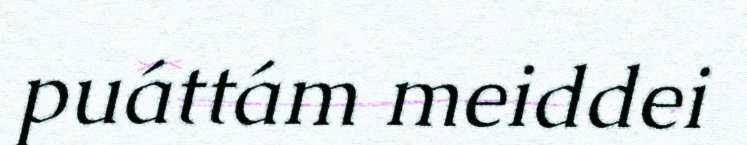
puáttám meiddei